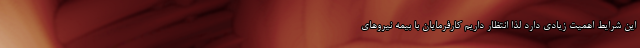
این شرایط اهمیت زیادی دارد لذا انتظار داریم کارفرمایان با بیمه نیروهای